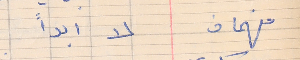
فهمان    لا ابداً